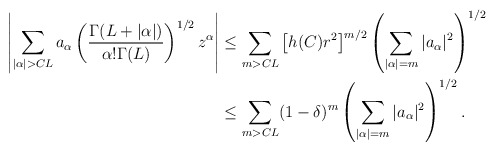
\begin{align*}\left|\sum_{|\alpha|>CL}a_{\alpha}\left(\frac{\Gamma(L+|\alpha|)}{\alpha!\Gamma(L)}\right)^{1/2}z^{\alpha}\right| &\leq \sum_{m>CL}\left[h(C)r^2\right]^{m/2}\left(\sum_{|\alpha|=m}|a_{\alpha}|^2\right)^{1/2}\\& \leq \sum_{m>CL}(1-\delta)^m\left(\sum_{|\alpha|=m}|a_{\alpha}|^2\right)^{1/2}.\end{align*}